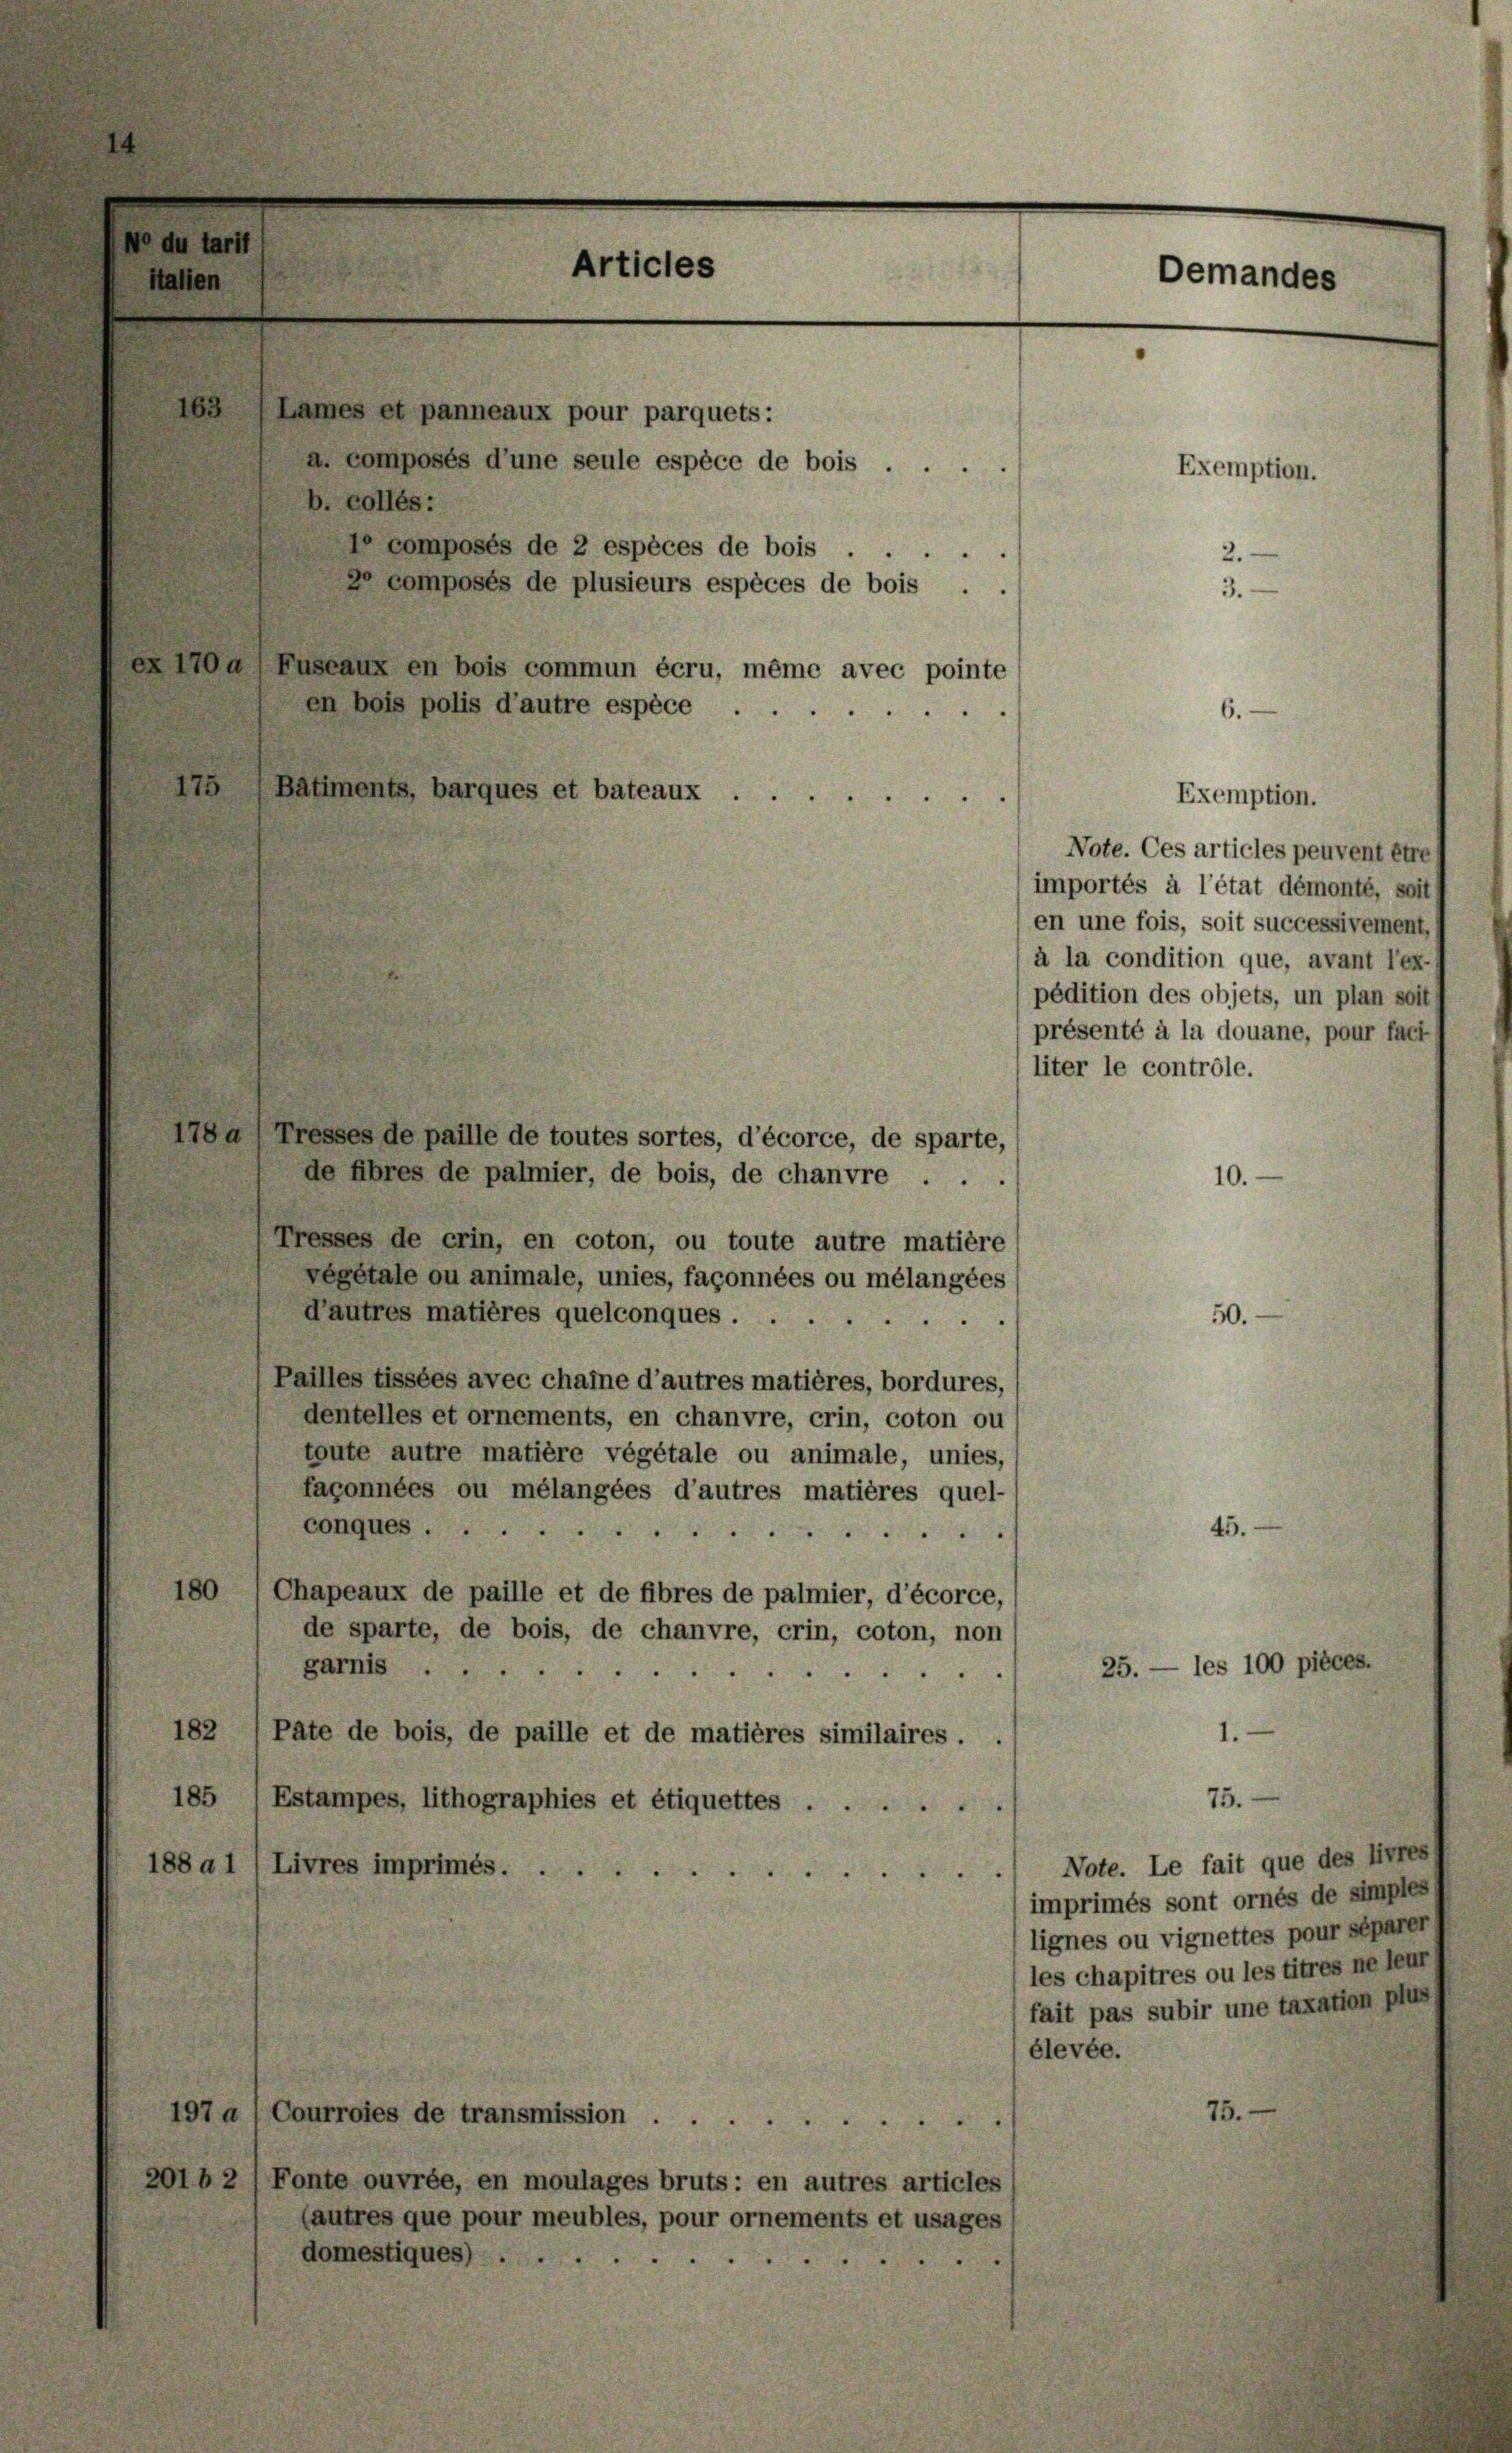
163
Lames et panneaux pour parquets:
a composés d’une seule espèce de bois . .
b. collés:
 composés de 2 espèces de bois .
2 composés de plusieurs espèces de bois .
a)Enseaux en bois commun écru, même avec pointe
en bois polis d’autre espèce
175
Haliments, barques et bateaux

de fibres de palmier, de bois, de chanvre ...
10.
Tresses de crin, en coton, ou toute autre matière
végétale ou animale, unies, façonnées ou mélangées
d’autres matières quelconques
Pailles tissées avec chaine d’autres matières, bordures,
dentelles et ornements, en chanvre, erin, coton ou
toute autre matière végétale ou animale, unies,
façonnées ou mélangées d’autres matières quel-
conques.
180 (Chapeaux de paille et de fibres de palmier, d’écorce,
de sparte, de bois, de chanvre, erin, coton, non
25. — les 100 pièces.
garnis
182
Pate de bois, de paille et de matières similaires.
1.
185
75.
Estampes, lithographies et étiquettes ....
Note. Le fait que des livres
188 a 1/Livres imprimés.
d
imprimés sont ornés de simples)
lignes ou vignettes pour séparer
les chapitres ou les titres ne leur
fait pas subir une taxation plus
élevée.
75.
497a (Courroies de transmission
201b2 /Fonte ouvrée, en moulages bruts : en autres articles
(autres que pour meubles, pour ornements et usages
domestiques).

178a Tresses de paille de toutes sortes, d’écorce, de sparte,

Articles

Note. Ces articles peuvent être
importés à l’état démonté, soit
en une fois, soit successivement,
à la condition que, avant lex./
pédition des objets, un plan soit
présenté à la douane, pour fact
liter le contrôle.

Demandes

Exemption.
2.
3.

Exemption.

50.

45.